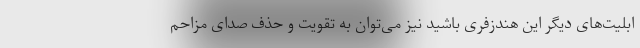
ابلیت‌های دیگر این هندزفری باشید نیز می‌توان به تقویت و حذف صدای مزاحم